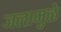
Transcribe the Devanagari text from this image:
जलामुळे